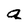
Character: q